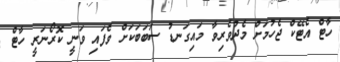
ހާޓް އެޓޭކް ޖެހުމަށް މެދުވެރިވާ މައިގަނޑު ސަބަބަކަށް ވެފައި ވަނީ ކޮރޯނަރީ ހާޓް